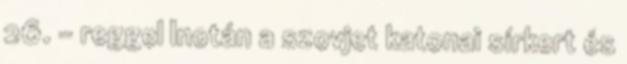
26. – reggel Inotán a szovjet katonai sírkert és